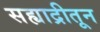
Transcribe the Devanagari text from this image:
सह्याद्रीतून